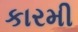
કારમી